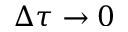
\Delta \tau \to 0